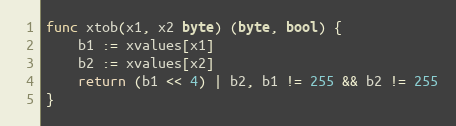
Language: Go
func xtob(x1, x2 byte) (byte, bool) {
	b1 := xvalues[x1]
	b2 := xvalues[x2]
	return (b1 << 4) | b2, b1 != 255 && b2 != 255
}